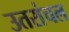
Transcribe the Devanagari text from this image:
उतरांचल